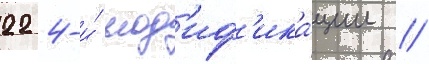
22 4-и́ мод'иф'ика́ции //